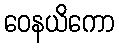
ဝေနယိကော